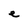
Character: e